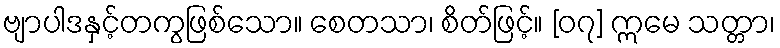
ဗျာပါဒနှင့်တကွဖြစ်သော။ စေတသာ၊ စိတ်ဖြင့်။ [၀၇] ဣမေ သတ္တာ၊